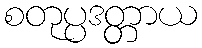
စတုပ္ပဒတ္တာယ